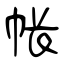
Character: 帐